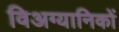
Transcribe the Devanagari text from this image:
विअग्यानिकों